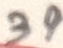
Text: 39